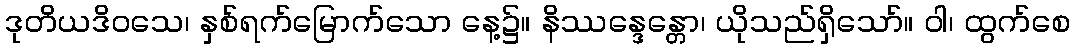
ဒုတိယဒိဝသေ၊ နှစ်ရက်မြောက်သော နေ့၌။ နိဿန္ဒေန္တော၊ ယိုသည်ရှိသော်။ ဝါ၊ ထွက်စေ